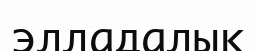
элладалық